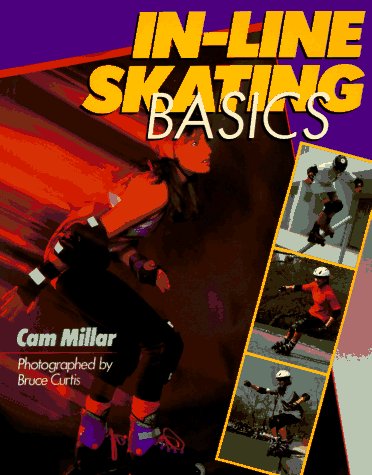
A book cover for In-Line Skating Basics; Cam Millar; Sports & Outdoors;